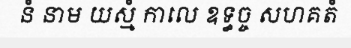
នំ នាម យស្មំ កាលេ ឧទ្ធច្ច សហគតំ